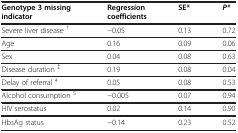
| Genotype 3 missing indicator | Regression coefficients | SE* | P* |
 | --- | --- | --- | --- |
 | Severe liver disease † | −0.05 | 0.13 | 0.72 |
 | Age | 0.16 | 0.09 | 0.06 |
 | Sex | 0.04 | 0.08 | 0.63 |
 | Disease duration ‡ | 0.19 | 0.08 | 0.04 |
 | Delay of referral 4 | 0.05 | 0.08 | 0.53 |
 | Alcohol consumption 5 | −0.005 | 0.07 | 0.94 |
 | HIV serostatus | 0.02 | 0.14 | 0.90 |
 | HbsAg status | −0.14 | 0.23 | 0.52 |